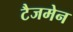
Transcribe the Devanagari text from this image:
टैजमेन